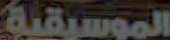
الموسيقية